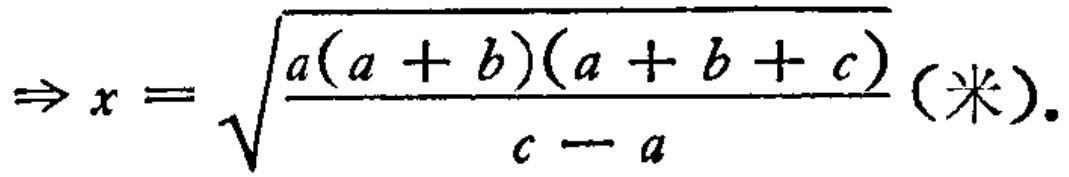
\(\Rightarrow x = \sqrt{\frac{a(a + b)(a + b + c)}{c - a}} (\text{米})\)